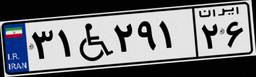
۳۱W۲۹۱۲۶